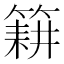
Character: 𮅰